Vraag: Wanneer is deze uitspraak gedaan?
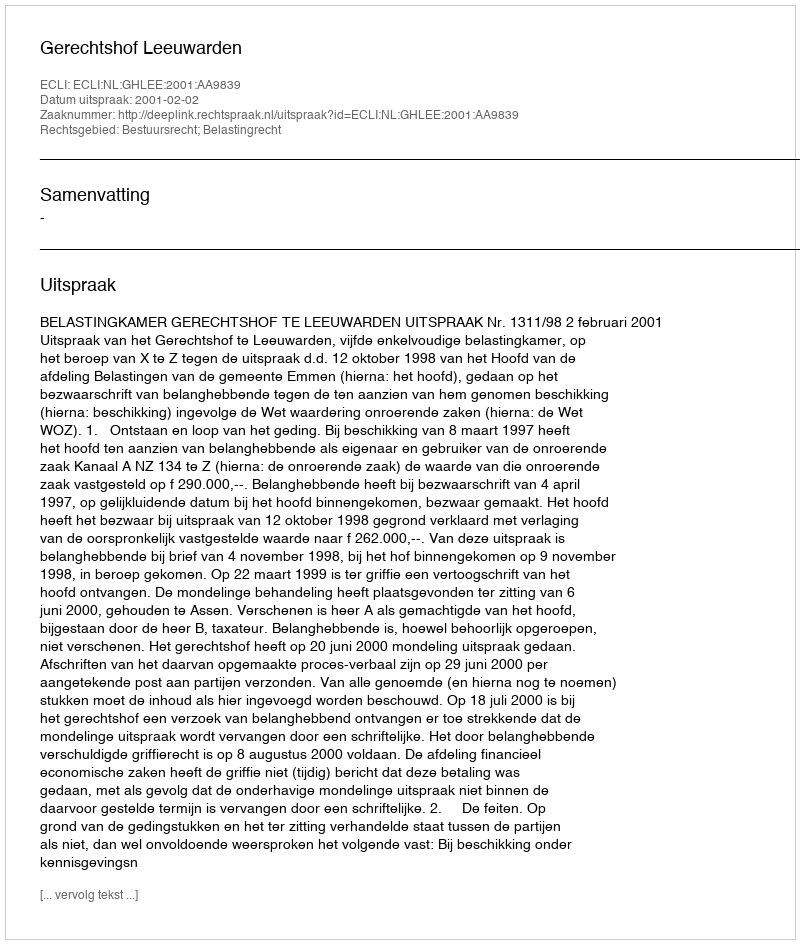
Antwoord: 2001-02-02